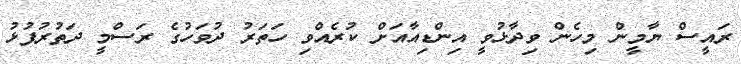
ރައީސް ޔާމީން މިހެން ވިދާޅުވީ އިންޑިއާއަށް ކުރެއްވި ހަތަރު ދުވަހުގެ ރަސްމީ ދަތުރުފުޅު